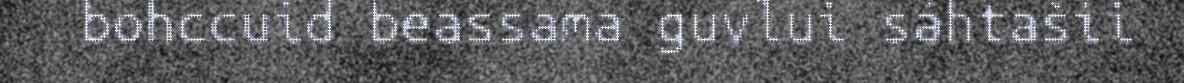
bohccuid beassama guvlui sáhtašii